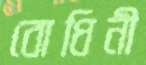
বোধিনী